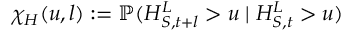
\chi _ { H } ( u , l ) : = \mathbb { P } ( H _ { S , t + l } ^ { L } > u \mid H _ { S , t } ^ { L } > u )